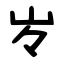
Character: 㞮